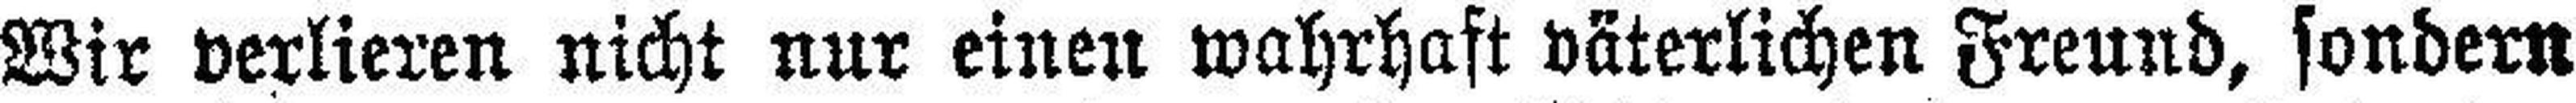
Wir verlieren nicht nur einen wahrhaft väterlichen Freund, sondern